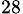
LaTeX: _{28}